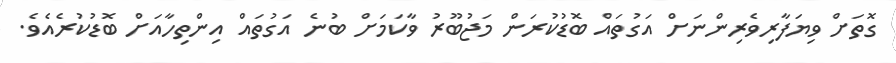
ގޮތަށް ވިޔަފާރިވެރިންނަށް އަގުތައް ބޮޑުކުރަން މަޖުބޫރު ވާކަމަށް ބުނެ އަގުތައް އިންތިހާއަށް ބޮޑުކުރެއެވެ.